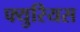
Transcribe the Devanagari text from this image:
फ्युरियस